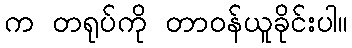
က တရုပ်ကို တာဝန်ယူခိုင်းပါ။